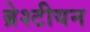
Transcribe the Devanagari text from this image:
ब्रेश्टीयन